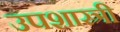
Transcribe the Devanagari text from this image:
उपशास्त्री